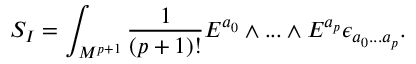
S _ { I } = \int _ { { \cal M } ^ { p + 1 } } { \frac { 1 } { ( p + 1 ) ! } } E ^ { a _ { 0 } } \wedge . . . \wedge E ^ { a _ { p } } \epsilon _ { a _ { 0 } . . . a _ { p } } .